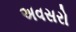
અવસરો